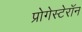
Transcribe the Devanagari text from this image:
प्रोगेस्टेरॉन